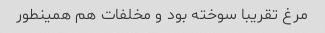
مرغ تقریبا سوخته بود و مخلفات هم همینطور